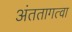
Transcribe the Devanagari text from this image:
अंततागत्वा